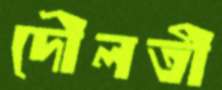
দৌলতী